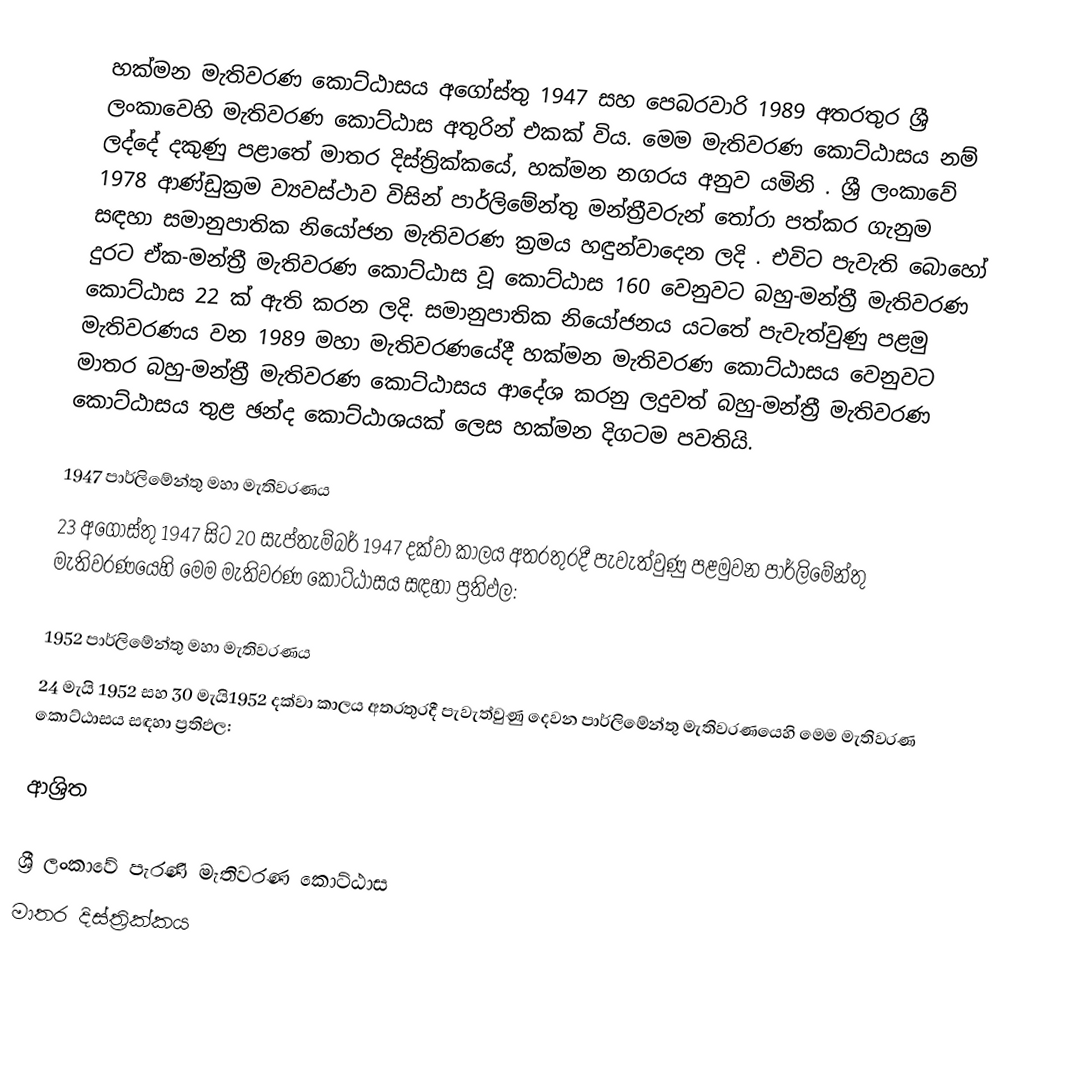
හක්මන මැතිවරණ කොට්ඨාසය  අගෝස්තු 1947 සහ පෙබරවාරි 1989 අතරතුර  ශ්‍රී ලංකාවෙහි  මැතිවරණ කොට්ඨාස අතුරින් එකක් විය. මෙම මැතිවරණ කොට්ඨාසය නම් ලද්දේ දකුණු පළාතේ මාතර දිස්ත්‍රික්කයේ,  හක්මන  නගරය අනුව යමිනි . ශ්‍රී ලංකාවේ 1978 ආණ්ඩුක්‍රම ව්‍යවස්ථාව විසින්   පාර්ලිමේන්තු මන්ත්‍රීවරුන් තෝරා පත්කර ගැනුම සඳහා සමානුපාතික නියෝජන මැතිවරණ ක්‍රමය හඳුන්වාදෙන ලදි . එවිට පැවැති බොහෝ දුරට  ඒක-මන්ත්‍රී මැතිවරණ කොට්ඨාස වූ කොට්ඨාස 160 වෙනුවට බහු-මන්ත්‍රී මැතිවරණ කොට්ඨාස 22 ක් ඇති කරන ලදි. සමානුපාතික නියෝජනය යටතේ පැවැත්වුණු පළමු මැතිවරණය වන 1989 මහා මැතිවරණයේදී  හක්මන මැතිවරණ කොට්ඨාසය වෙනුවට මාතර බහු-මන්ත්‍රී මැතිවරණ කොට්ඨාසය  ආදේශ කරනු ලදුවත් බහු-මන්ත්‍රී මැතිවරණ කොට්ඨාසය තුළ ඡන්ද කොට්ඨාශයක් ලෙස හක්මන දිගටම පවතියි.

1947 පාර්ලිමේන්තු මහා මැතිවරණය
23 අගෝස්තු 1947 සිට 20 සැප්තැම්බර් 1947 දක්වා කාලය අතරතුරදී පැවැත්වුණු  පළමුවන පාර්ලිමේන්තු මැතිවරණයෙහි මෙම මැතිවරණ කොට්ඨාසය සඳහා ප්‍රතිඵල:

1952 පාර්ලිමේන්තු මහා මැතිවරණය
24 මැයි 1952 සහ 30 මැයි1952 දක්වා කාලය අතරතුරදී පැවැත්වුණු  දෙවන පාර්ලිමේන්තු මැතිවරණයෙහි මෙම මැතිවරණ කොට්ඨාසය සඳහා ප්‍රතිඵල:

ආශ්‍රිත

ශ්‍රී ලංකාවේ පැරණි මැතිවරණ කොට්ඨාස
මාතර දිස්ත්‍රික්කය